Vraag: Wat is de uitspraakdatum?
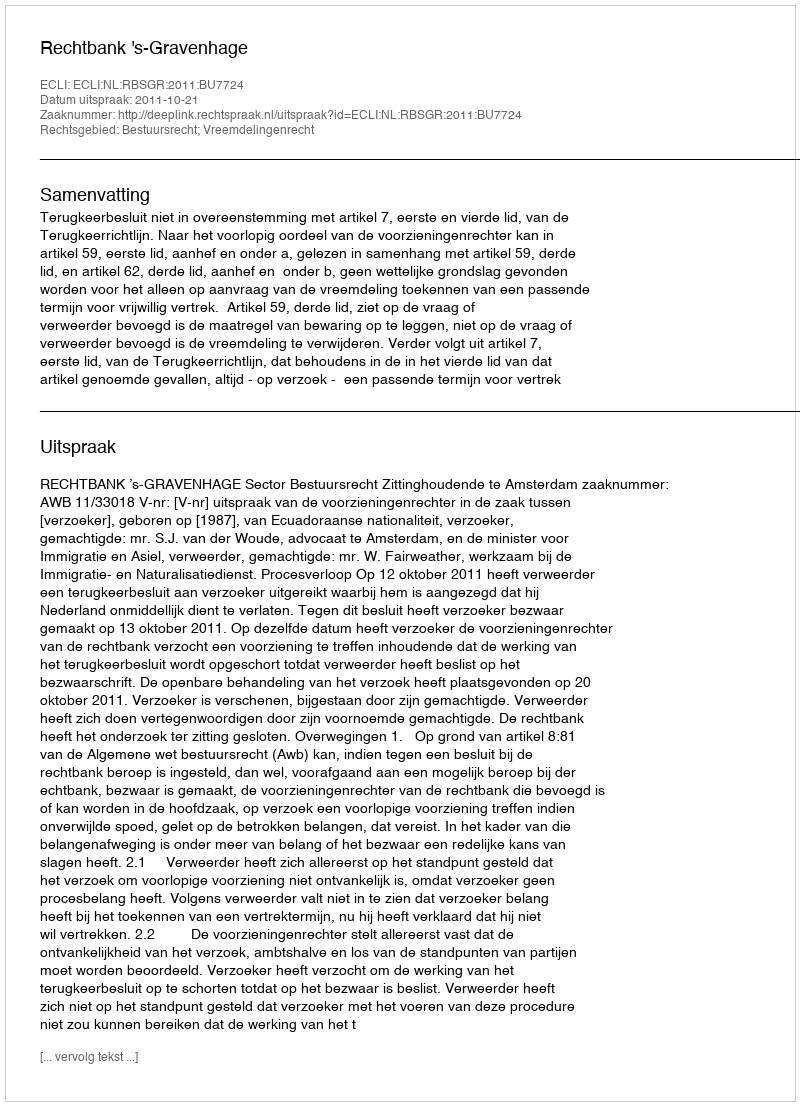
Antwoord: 2011-10-21